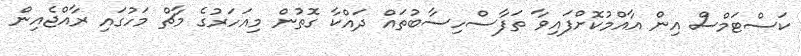
ކަސްޓަމްސް އިން އާއްމުކޮށްފައިވާ ތަފާސްހިސާބުތައް ދައްކާ ގޮތުން މިއަހަރުގެ މާޗް މަހުގައި ރާއްޖެއިން